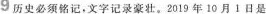
9 历史必须铭记，文字记录豪壮。2019 年 10 月 1 日是